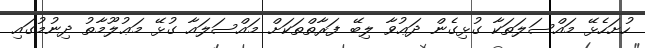
ހުށަހެޅޭ މައްސަލަތަކާ ގުޅިގެން ދަޢުވާ ލިބޭ ފަރާތްތަކަށް މައްސަލައާ ގުޅޭ މަޢުލޫމާތު ދިނުމުގައި